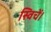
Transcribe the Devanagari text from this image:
स्विचें।